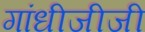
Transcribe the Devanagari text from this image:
गांधीजीजी